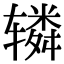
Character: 辚